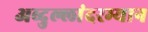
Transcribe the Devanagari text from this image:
अब्दुल्लांदरम्यान